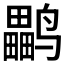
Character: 𱊳